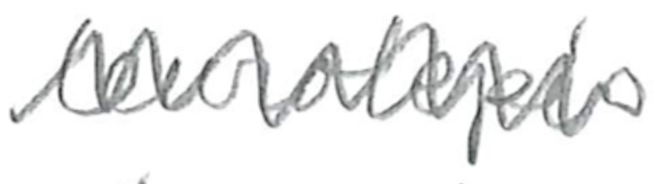
Text: leurolepis
Cross-out: zig-zag
Writing tool: pencil